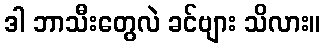
ဒါ ဘာသီးတွေလဲ ခင်ဗျား သိလား။